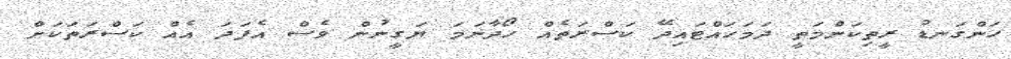
ހަންގަނޑު ރީތިކަންމަތީ ދަމަހައްޓައިދޭ ކަސްރަތެއް ހޯދާނަމަ ޔަގީނުން ވެސް އެފަދަ އެއް ކަސްރަތަކަށް